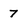
Character: 7